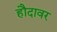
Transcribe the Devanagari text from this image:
हौदावर